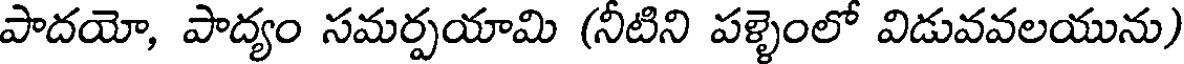
పాదయో, పాద్యం సమర్పయామి (నీటిని పళ్ళెంలో విడువవలయును)